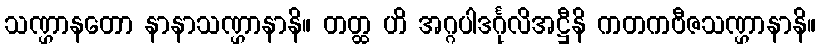
သဏ္ဌာနတော နာနာသဏ္ဌာနာနိ။ တတ္ထ ဟိ အဂ္ဂပါဒင်္ဂုလိအဋ္ဌီနိ ကတကဗီဇသဏ္ဌာနာနိ။